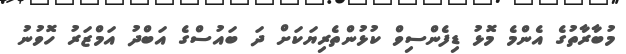
މުބާރާތުގެ އެންމެ މޮޅު ޑިފެންސިވް ކުޅުންތެރިޔަކަށް ދަ ބައުސްގެ އަބްދު އަމްޒަރު ހޮވުނު